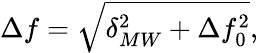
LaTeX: \Delta f=\sqrt{\delta_{MW}^{2}+\Delta f_{0}^{2}},